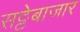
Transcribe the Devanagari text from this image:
सट्टेबाजार